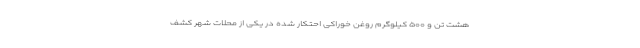
هشت تن و ۵۰۰ کیلوگرم روغن خوراکی احتکار شده در یکی از محلات شهر کشف